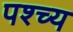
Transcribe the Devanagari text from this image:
पश्च्य